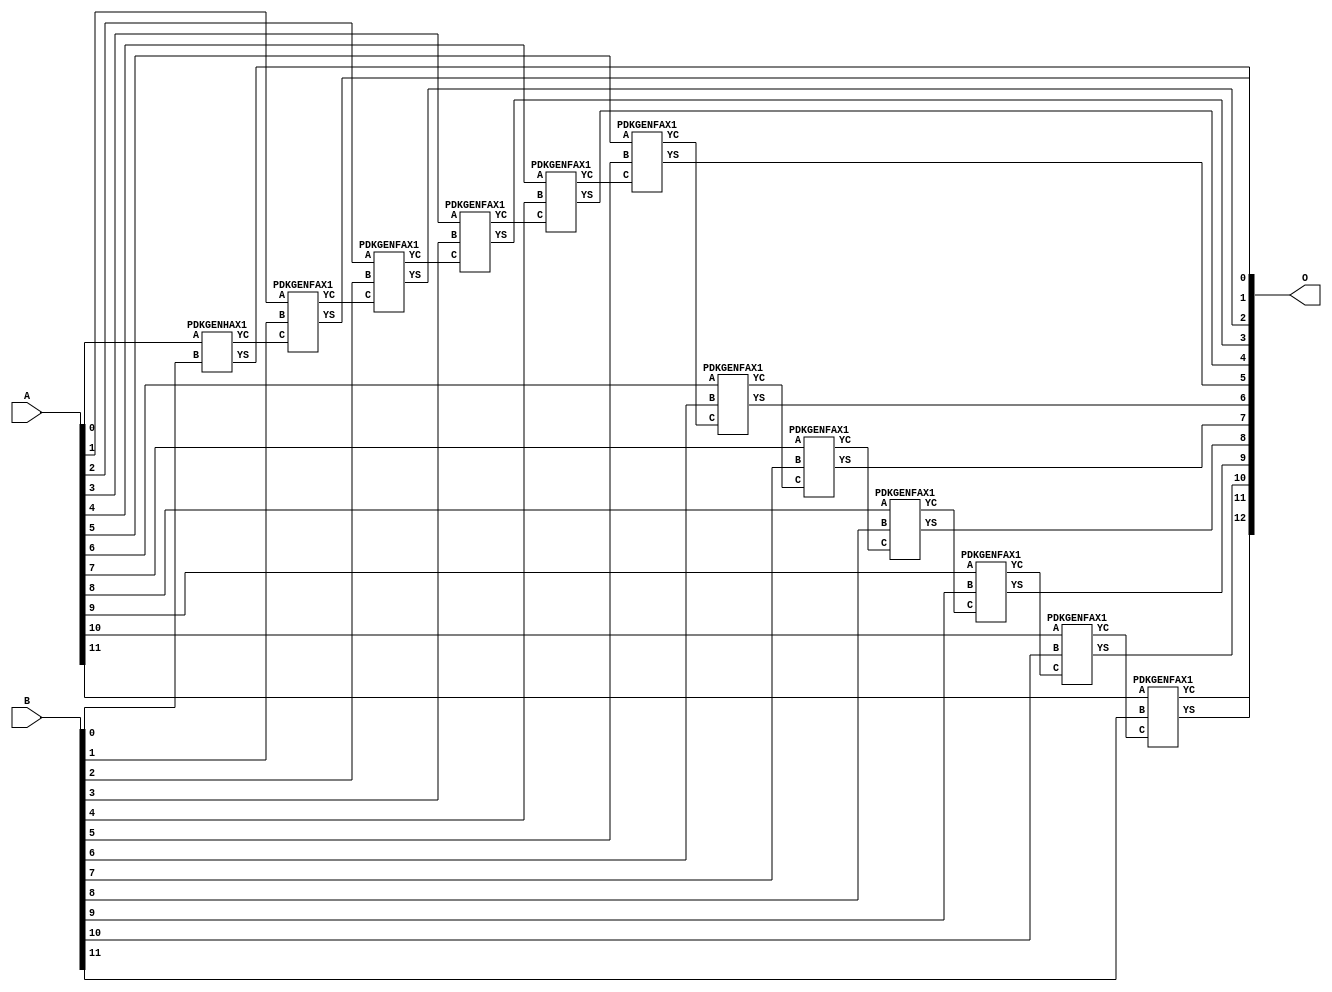
/***
* This code is a part of EvoApproxLib library (ehw.fit.vutbr.cz/approxlib) distributed under The MIT License.
* When used, please cite the following article(s): PRABAKARAN B. S., MRAZEK V., VASICEK Z., SEKANINA L., SHAFIQUE M. ApproxFPGAs: Embracing ASIC-based Approximate Arithmetic Components for FPGA-Based Systems. DAC 2020. 
***/
// MAE% = 0.00 %
// MAE = 0 
// WCE% = 0.00 %
// WCE = 0 
// WCRE% = 0.00 %
// EP% = 0.00 %
// MRE% = 0.00 %
// MSE = 0 
// FPGA_POWER = 0.42
// FPGA_DELAY = 9.8
// FPGA_LUT = 12

module add12u_0NB(A, B, O);
  input [11:0] A, B;
  output [12:0] O;
  wire n_415, n_414, n_36, n_42, n_37, n_314, n_315, n_23, n_22, n_21;
  wire n_20, n_27, n_26, n_25, n_24, n_248, n_29, n_28, n_49, n_48;
  wire n_249, n_81, n_80, n_149, n_148, n_280, n_281, n_214, n_349, n_39;
  wire n_38, n_381, n_181, n_180, n_8, n_9, n_115, n_4, n_5, n_6;
  wire n_7, n_0, n_1, n_2, n_3, n_30, n_31, n_32, n_33, n_34;
  wire n_35, n_18, n_19, n_16, n_17, n_14, n_15, n_12, n_13, n_10;
  wire n_11, n_114, n_45, n_380, n_44, n_43, n_47, n_348, n_215, n_46;
  wire n_41, n_40;
  assign n_0 = A[0];
  assign n_1 = A[0];
  assign n_2 = A[1];
  assign n_3 = A[1];
  assign n_4 = A[2];
  assign n_5 = A[2];
  assign n_6 = A[3];
  assign n_7 = A[3];
  assign n_8 = A[4];
  assign n_9 = A[4];
  assign n_10 = A[5];
  assign n_11 = A[5];
  assign n_12 = A[6];
  assign n_13 = A[6];
  assign n_14 = A[7];
  assign n_15 = A[7];
  assign n_16 = A[8];
  assign n_17 = A[8];
  assign n_18 = A[9];
  assign n_19 = A[9];
  assign n_20 = A[10];
  assign n_21 = A[10];
  assign n_22 = A[11];
  assign n_23 = A[11];
  assign n_24 = B[0];
  assign n_25 = B[0];
  assign n_26 = B[1];
  assign n_27 = B[1];
  assign n_28 = B[2];
  assign n_29 = B[2];
  assign n_30 = B[3];
  assign n_31 = B[3];
  assign n_32 = B[4];
  assign n_33 = B[4];
  assign n_34 = B[5];
  assign n_35 = B[5];
  assign n_36 = B[6];
  assign n_37 = B[6];
  assign n_38 = B[7];
  assign n_39 = B[7];
  assign n_40 = B[8];
  assign n_41 = B[8];
  assign n_42 = B[9];
  assign n_43 = B[9];
  assign n_44 = B[10];
  assign n_45 = B[10];
  assign n_46 = B[11];
  assign n_47 = B[11];
  PDKGENHAX1 tmp59(.YS(n_48), .YC(n_49), .A(n_0), .B(n_24));
  PDKGENFAX1 tmp60(.YS(n_80), .YC(n_81), .A(n_2), .B(n_26), .C(n_49));
  PDKGENFAX1 tmp61(.YS(n_114), .YC(n_115), .A(n_4), .B(n_28), .C(n_81));
  PDKGENFAX1 tmp62(.YS(n_148), .YC(n_149), .A(n_6), .B(n_30), .C(n_115));
  PDKGENFAX1 tmp63(.YS(n_180), .YC(n_181), .A(n_8), .B(n_32), .C(n_149));
  PDKGENFAX1 tmp64(.YS(n_214), .YC(n_215), .A(n_10), .B(n_34), .C(n_181));
  PDKGENFAX1 tmp65(.YS(n_248), .YC(n_249), .A(n_12), .B(n_36), .C(n_215));
  PDKGENFAX1 tmp66(.YS(n_280), .YC(n_281), .A(n_14), .B(n_38), .C(n_249));
  PDKGENFAX1 tmp67(.YS(n_314), .YC(n_315), .A(n_16), .B(n_40), .C(n_281));
  PDKGENFAX1 tmp68(.YS(n_348), .YC(n_349), .A(n_18), .B(n_42), .C(n_315));
  PDKGENFAX1 tmp69(.YS(n_380), .YC(n_381), .A(n_20), .B(n_44), .C(n_349));
  PDKGENFAX1 tmp70(.YS(n_414), .YC(n_415), .A(n_22), .B(n_46), .C(n_381));
  assign O[0] = n_48;
  assign O[1] = n_80;
  assign O[2] = n_114;
  assign O[3] = n_148;
  assign O[4] = n_180;
  assign O[5] = n_214;
  assign O[6] = n_248;
  assign O[7] = n_280;
  assign O[8] = n_314;
  assign O[9] = n_348;
  assign O[10] = n_380;
  assign O[11] = n_414;
  assign O[12] = n_415;
endmodule

/* mod */
module PDKGENFAX1( input A, input B, input C, output YS, output YC );
    assign YS = (A ^ B) ^ C;
    assign YC = (A & B) | (B & C) | (A & C);
endmodule
/* mod */
module PDKGENHAX1( input A, input B, output YS, output YC );
    assign YS = A ^ B;
    assign YC = A & B;
endmodule